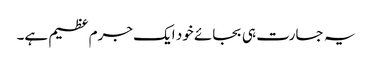
یہ جسارت ہی بجائے خود ایک جرم عظیم ہے۔